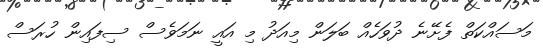
މަސައްކަތް ފެށޭނެ ދުވަހެއް ބަލަން މިއަދު މި އައީ ނަމަވެސް ސިފައިން ހުރަސް